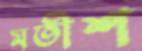
মতীশ